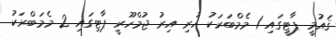
ޤައުމީ ޕާޓީގައި 1 މެމްބަރަކު ހުރި އިރު ޖުމްހޫރީ ޕާޓިގައި 2 މެމަބްރަކު